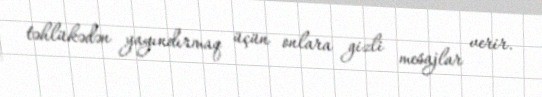
təhlükədən yayındırmaq üçün onlara gizli mesajlar verir.